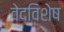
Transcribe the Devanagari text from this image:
वेदविशेष